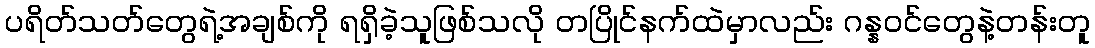
ပရိတ်သတ်တွေရဲ့အချစ်ကို ရရှိခဲ့သူဖြစ်သလို တပြိုင်နက်ထဲမှာလည်း ဂန္နဝင်တွေနဲ့တန်းတူ